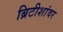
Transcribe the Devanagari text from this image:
ब्रिटीशांवर